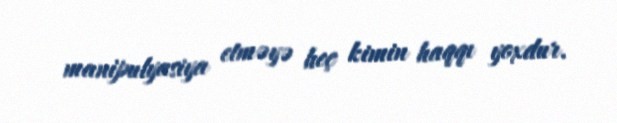
manipulyasiya etməyə heç kimin haqqı yoxdur.